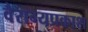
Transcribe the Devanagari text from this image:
वैराग्यप्रकाश